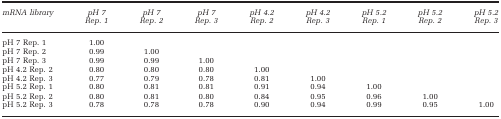
<table><thead><tr><td><b><i>mRNA library</i></b></td><td><b><i>pH 7 Rep. 1</i></b></td><td><b><i>pH 7 Rep. 2</i></b></td><td><b><i>pH 7 Rep. 3</i></b></td><td><b><i>pH 4.2 Rep. 2</i></b></td><td><b><i>pH 4.2 Rep. 3</i></b></td><td><b><i>pH 5.2 Rep. 1</i></b></td><td><b><i>pH 5.2 Rep. 2</i></b></td><td><b><i>pH 5.2 Rep. 3</i></b></td></tr></thead><tbody><tr><td>pH 7 Rep. 1</td><td>1.00</td><td> </td><td> </td><td> </td><td> </td><td> </td><td> </td><td> </td></tr><tr><td>pH 7 Rep. 2</td><td>0.99</td><td>1.00</td><td> </td><td> </td><td> </td><td> </td><td> </td><td> </td></tr><tr><td>pH 7 Rep. 3</td><td>0.99</td><td>0.99</td><td>1.00</td><td> </td><td> </td><td> </td><td> </td><td> </td></tr><tr><td>pH 4.2 Rep. 2</td><td>0.80</td><td>0.80</td><td>0.80</td><td>1.00</td><td> </td><td> </td><td> </td><td> </td></tr><tr><td>pH 4.2 Rep. 3</td><td>0.77</td><td>0.79</td><td>0.78</td><td>0.81</td><td>1.00</td><td> </td><td> </td><td> </td></tr><tr><td>pH 5.2 Rep. 1</td><td>0.80</td><td>0.81</td><td>0.81</td><td>0.91</td><td>0.94</td><td>1.00</td><td> </td><td> </td></tr><tr><td>pH 5.2 Rep. 2</td><td>0.80</td><td>0.81</td><td>0.80</td><td>0.84</td><td>0.95</td><td>0.96</td><td>1.00</td><td> </td></tr><tr><td>pH 5.2 Rep. 3</td><td>0.78</td><td>0.78</td><td>0.78</td><td>0.90</td><td>0.94</td><td>0.99</td><td>0.95</td><td>1.00</td></tr></tbody></table>